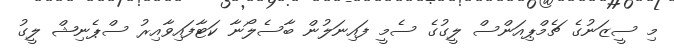
މި ސީޒަނުގެ ޗެމްޕިއަންސް ލީގުގެ ސެމީ ފައިނަލުން ބާސެލޯނާ ކަޓާފައިވާއިރު ސްޕެނިޝް ލީގު